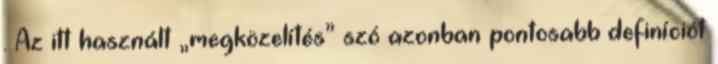
. Az itt használt „megközelítés” szó azonban pontosabb definíciót